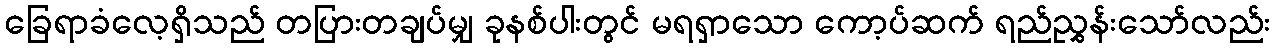
ခြေရာခံလေ့ရှိသည် တပြားတချပ်မျှ ခုနစ်ပါးတွင် မရရှာသော ကော့ပ်ဆက် ရည်ညွှန်းသော်လည်း